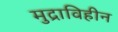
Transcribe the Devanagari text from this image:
मुद्राविहीन